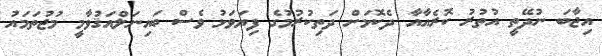
އިޖާބަ ނުދޭތީ އުތުރު ކޮރެއާއާ ދެކޮޅަށް ދަތިކުރުމުގެ ފިޔަވަޅު ވެސް ބައިނަލްއަޤުވާމީ މުޖުތަމައު